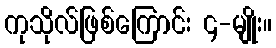
ကုသိုလ်ဖြစ်ကြောင်း ၄-မျိုး။